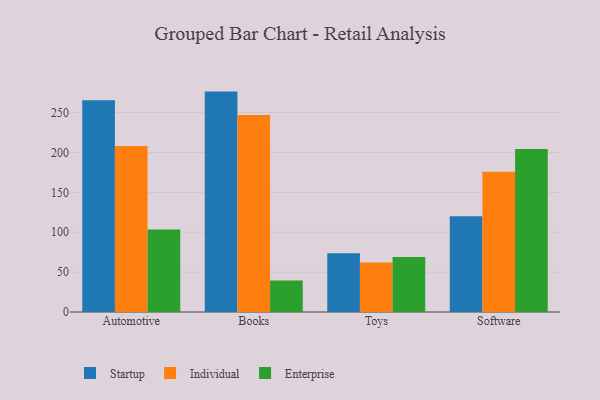
{"axis": {"x": "Category", "y": "Gross Profit (USD K)"}, "legend": ["Enterprise", "Individual", "Startup"], "data": [{"x": "Automotive", "y": 265.4, "type": "Startup"}, {"x": "Automotive", "y": 208.0, "type": "Individual"}, {"x": "Automotive", "y": 103.3, "type": "Enterprise"}, {"x": "Books", "y": 276.3, "type": "Startup"}, {"x": "Books", "y": 246.9, "type": "Individual"}, {"x": "Books", "y": 39.6, "type": "Enterprise"}, {"x": "Toys", "y": 73.6, "type": "Startup"}, {"x": "Toys", "y": 62.2, "type": "Individual"}, {"x": "Toys", "y": 69.0, "type": "Enterprise"}, {"x": "Software", "y": 120.0, "type": "Startup"}, {"x": "Software", "y": 175.8, "type": "Individual"}, {"x": "Software", "y": 204.3, "type": "Enterprise"}]}